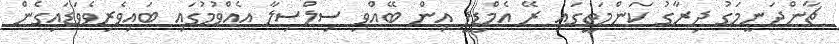
ޗާންދަނީމަގު ދިރާގު ކަންމަތީގައި ރޭ އެމްޑީޕީ އިން ބޭއްވި ސިލްސިލާ އެއްވުމުގައި ބައިވެރިވެވަޑައިގެން